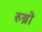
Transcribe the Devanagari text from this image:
रुब्रो